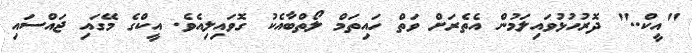
"އީކް.." ދޮރުހުޅުވައިލަމުން އެތެރަށް ވަތް ހައިތަމް ލޯތްބާއެކު ގޮވައިލިއެވެ. އީކްގެ މޭގައި ޖައްސައި